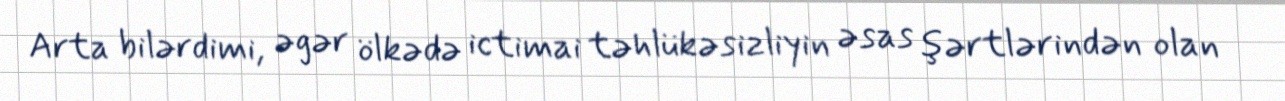
Arta bilərdimi, əgər ölkədə ictimai təhlükəsizliyin əsas şərtlərindən olan